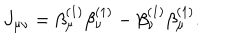
J _ { \mu \nu } = \beta _ { \mu } ^ { ( 1 ) } \beta _ { \nu } ^ { ( 1 ) } - \beta _ { \nu } ^ { ( 1 ) } \beta _ { \mu } ^ { ( 1 ) } .